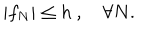
| f _ { N } | \leq h \ , \quad \forall N .